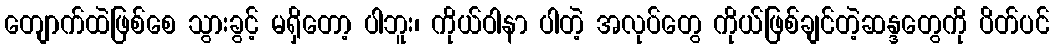
တျောက်ထဲဖြစ်စေ သွားခွင့် မရှိတော့ ပါဘူး၊ ကိုယ်ဝါနာ ပါတဲ့ အလုပ်တွေ ကိုယ်ဖြစ်ချင်တဲ့ဆန္ဒတွေကို ပိတ်ပင်